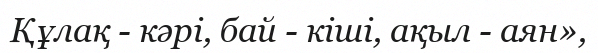
Құлақ - кәрі, бай - кіші, ақыл - аян»,